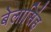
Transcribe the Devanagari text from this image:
बेलासिंह